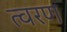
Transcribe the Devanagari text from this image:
त्‍वरण